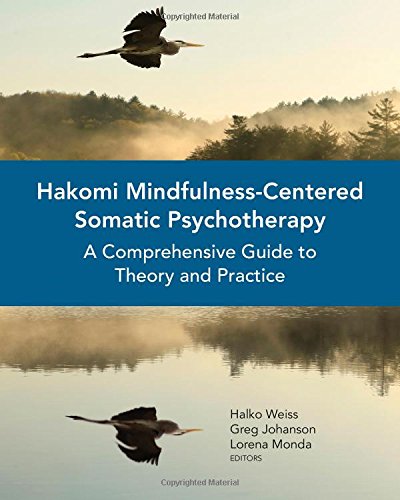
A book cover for Hakomi Mindfulness-Centered Somatic Psychotherapy: A Comprehensive Guide to Theory and Practice; Halko Weiss; Medical Books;